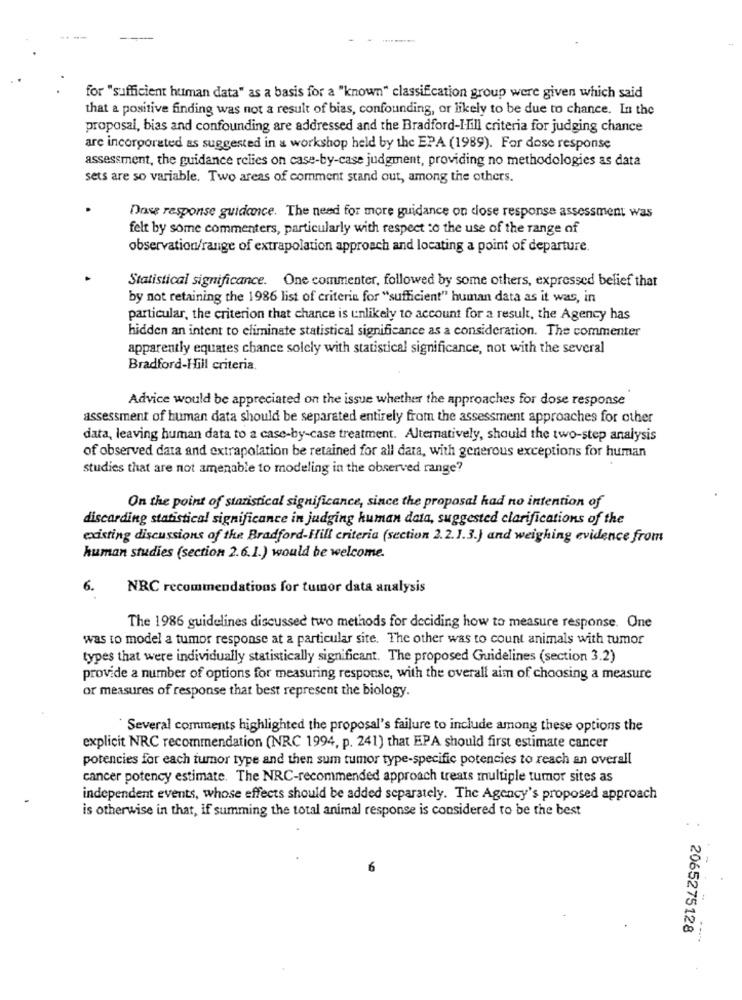
for "sufficient human data" as a basis for a "known" classification group were given which said
that a positive finding was not a result of bias, confounding, or likely to be due to chance. In the
proposal, bias and confounding are addressed and the Bradford-ITill criteria for judging chance
are incorporated as suggested in a workshop held by the EPA (1989). For dose response
assessment, the guidance relies on case-by-case judgment, providing no methodologies as data
sets are so variable, Two areas of comment stand out, among the others.
Dose response guidance. The need for more guidance on dose response assessment was
felt by some commenters, particularly with respect to the use of the range of
observation/range of extrapolation approach and locating a point of departure.
Statistical significance. One commenter, followed by some others, expressed belief that
by not retaining the 1986 list of criteria for "sufficient" human data as it was, in
particular, the criterion that chance is unlikely to account for a result, the Agency has
hidden an intent to eliminate statistical significance as a consideration. The commenter
apparently equates chance solely with statistical significance, not with the several
Bradford-Hill criteria.
Advice would be appreciated on the issue whether the approaches for dose response
assessment of human data should be separated entirely from the assessment approaches for other
data, leaving human data to a case-by-case treatment. Alternatively, should the two-step analysis
of observed data and extrapolation be retained for all data, with generous exceptions for human
studies that are not amenable to modeling in the observed range?
On the point of statistical significance, since the proposal had no intention of
discarding statistical significance in judging human data, suggested clarifications of the
editing discussions of the Bradford-Hill criteria (section 2.2.1.3.) and weighing evidence from
human studies (section 2.6.1.) would be welcome.
6.
NRC recommendations for tumor data analysis
The 1986 guidelines discussed two methods for deciding how to measure response. One
was to model a tumor response at a particular site. The other was to count animals with tumor
types that were individually statistically significant. The proposed Guidelines (section 3.2)
provide a number of options for measuring response, with the overall aim of choosing a measure
or measures of response that best represent the biology.
Several comments highlighted the proposal's failure to include among these options the
explicit NRC recommendation (NRC 1994, p. 241) that EPA should first estimate cancer
potencies for each tumor type and then sum tumor type-specific potencies to reach an overall
cancer potency estimate. The NRC-recommended approach treats multiple tumor sites as
independent events, whose effects should be added separately. The Agency's proposed approach
is otherwise in that, if summing the total animal response is considered to be the best
2065275128